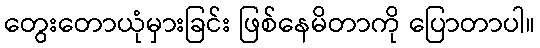
တွေးတောယုံမှားခြင်း ဖြစ်နေမိတာကို ပြောတာပါ။